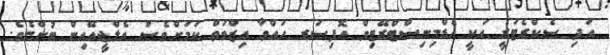
އަދި ސެކްރެޓަރީ އަކީ އެޑްމިނިސްޓްރޭޓިވް އޮފިސަރ ހައްވާ އިޒްވަތް ކަމަށްވެސް އެލްޖީއޭއިން ބުންޏެވެ.